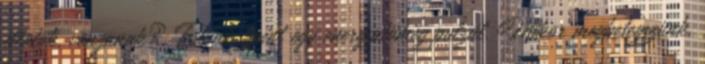
illatok, vonzanak? Testünk, mint egy energiatömeg pulzál. Mikor megbetegszünk,